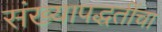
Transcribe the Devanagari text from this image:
संख्यापद्धतींचा